Vaccination in Burma 1900-1911 - 1900-1911
Year: 1900
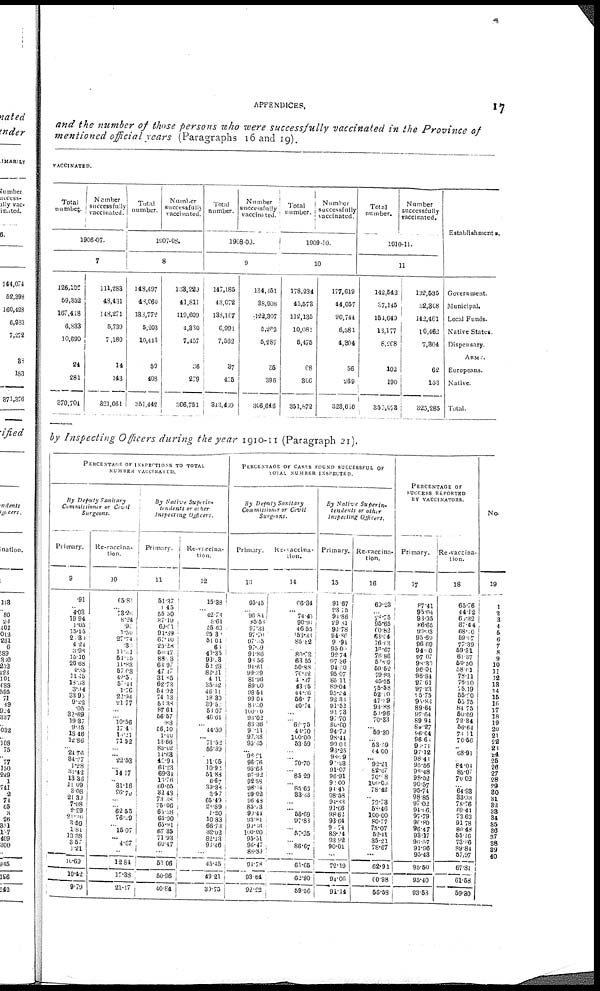
APPENDICES.
17
and the number of those persons who were successfully vaccinated in the Province of
mentioned official years (Paragraphs 16 and 19).
VACCINATED.
Total
number.
Number
successfully
vaccinated.
1906-07.
7
126,106
59,352
167,418
6,833
10,690
24
281
370,704
111,288
48,431
118,271
5,739
7,180
14
143
321,061
Total
number.
Number
successfully
vaccinated.
1907-08.
8
148,497
48,060
133,772
5,203
10,443
59
408
351,442
133,220
41,811
119,609
4,330
7,457
36
279
306,751
Total
number.
Number
successfully
vaccinated.
1908-09.
9
147,185
13,072
138,107
6,991
7,562
37
435
343,469
134,451
38,908
122,307
5,262
5,287
35
396
306,646
Total
number.
Number
successfully
vaccinated.
1909-10.
10
178,234
45,573
112,135
10,081
5,475
68
306
351,872
177,619
44,057
90,744
6,581
4,304
56
269
323,680
Total
number.
Number
successfully
vaccinated.
1910-11.
11
142,542
37,145
154,649
13,177
8,208
102
190
356,073
132,535
32,308
142,461
10,462
7,304
62
153
325,285
Establishments.
Government.
Municipal.
Local Funds.
Native States.
Dispensary.
ARMY.
Europeans.
Native.
Total.
by Inspecting Officers during the year 1910-11 (Paragraph 21).
PERCENTAGE OF INSPECTIONS TO TOTAL
NUMBER VACCINATED.
By Deputy Sanitary
Commissioner or Civil
Surgeons.
Primary.
9
.91
...
4.03
19.94
1.05
15.15
20.30
4.24
3.98
15.10
26.68
4.85
11.45
18.63
3.94
33.95
9.22
.05
32.69
19.37
9.25
18.46
12.86
... 24.76
34.27
1.28
31.42
13.36
11.09
3.08
21.39
7.08
2.29
21.30
3.59
1.84
13.38
3.57
1.21
10.69
10.42
9.79
Re-vaccina-
tion.
10
65.81
...
73.26
8.24
.96
1.50
27.74
.32
11.31
54.15
11.83
57.08
42.57
57.44
1.76
22.94
21.77
...
...
10.56
17.46
13.21
71.52
...
... 22.53
...
14.17
... 31.16
26.79
...
...
62.55
76.39
...
15.07
... 4.67
...
12.84
17.38
21.17
By Native Superin-
tendents or other
Inspecting
Officers.
Primary.
11
51.37
1.45
55.50
37.19
69.01
91.89
67.40
25.28
50.47
88.18
63.97
47.47
31.85
62.73
54.92
74.13
53.38
87.61
56.57
.88
56.10
1.40
13.66
85.02
14.63
42.94
61.23
69.34
16.76
60.05
32.43
73.38
35.06
65.58
65.90
65.91
67.35
71.93
60.47
...
58.06
50.96
40.84
Re-vaccina-
tion.
12
15.38
...
42.78
8.61
55.60
25.30
54.04
65
40.35
93.03
52.28
82.21
4.11
35.32
46.11
18.80
39.52
58.07
46.64
...
44.50
...
71.52
56.39
... 11.05
10.91
51.88
6.67
39.88
3.57
65.49
28.89
1.20
10.83
66.73
32.02
82.13
98.46
...
45.45
49.21
30.75
PERCENTAGE OF CASES FOUND SUCCESSFUL OF
TOTAL NUMBER INSPECTED.
By Deputy Sanitary
Commissioner
Civil
Surgeons.
Primary.
13
95.45
... 96.84
85.58
97.33
97.70
97.35
97.69
91.86
98.56
91.61
99.39
81.96
89.00
98.54
99.04
85.50
100.00
93.02
86.36
95.11
97.38
95.35
... 98.91
96.76
95.63
97.92
92.58
98.14
99.02
96.48
85.73
90.44
93.81
99.86
100.00
95.51
96.47
88.89
94.78
93.64
92.22
Re-vaccina-
tion.
14
66.34
...
74.45
90.96
46.55
153.33
85.82
...
80.73
63.55
50.88
76.42
41.37
43.25
44.26
56.17
40.74
...
...
62.75
43.70
100.00
53.59
...
...
70.70
...
85.29
...
85.63
33.33
...
...
56.69
97.83
...
57.95
...
86.67
...
61.65
62.90
59.56
By Native
Superin-
tendents or other
Inspecting Officers.
Primary.
15
91.67
93.75
94.86
29.81
99.78
94.86
90.94
95.09
92.74
97.36
94.50
95.07
85.11
89.04
95.24
92.33
91.52
91.73
97.70
80.00
94.79
98.44
99.08
93.25
98.19
90.93
91.07
96.91
92.00
91.45
98.58
94.83
91.66
98.62
93.64
90.74
88.24
93.92
90.01
...
72.19
94.06
91.14
Re-vaccina-
tion.
16
69.23
... 78.75
95.65
60.82
63.04
76.03
16.67
76.86
53.69
59.52
79.83
45.55
75.58
52.10
47.99
93.88
50.96
70.33
...
59.30
... 53.59
64.00
... 92.21
82.67
70.18
100.00
78.42
... 79.73
58.46
100.00
80.77
75.07
52.41
35.21
78.67
...
62.91
60.98
56.58
PERCENTAGE OF
SUCCESS REPORTED
BY VACCINATORS.
Primary.
17
87.41
95.04
98.95
86.65
99.93
95.69
96.69
94.40
97.07
98.30
96.01
96.81
97.61
97.23
95.75
95.83
89.64
97.64
89.94
89.27
96.64
96.68
96.7l
97.12
98.41
95.56
98.48
98.52
90.57
95.74
98.85
97.02
94.06
97.79
90.80
96.47
93.17
96.57
91.96
95.43
95.50
95.40
93.68
Re-vaccina-
tion.
18
65.76
44.12
66.32
87.44
68.10
59.07
77.39
59.31
61.37
50.50
58.01
78.11
76.10
75.19
55.20
55.75
84.75
50.09
72.34
56.64
73.11
70.56
... 68.91
... 84.04
85.07
70.02
...
64.93
33.93
78.76
69.44
73.63
91.78
80.48
55.16
73.86
89.84
57.97
67.81
61.58
59.30
No.
19
1
2
3
4
5
6
7
8
9
10
11
12
13
14
15
16
17
18
19
20
21
22
23
24
25
26
27
28
29
30
31
32
33
34
35
36
37
38
39
40